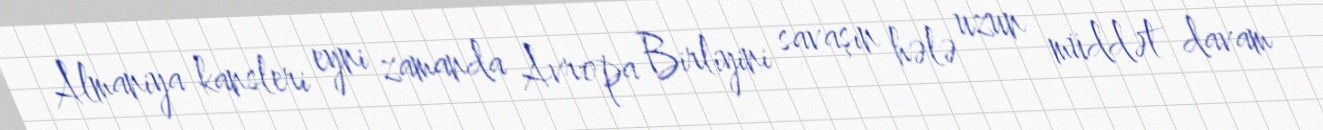
Almaniya kansleri eyni zamanda Avropa Birliyini savaşın hələ uzun müddət davam